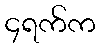
၄ရက်က